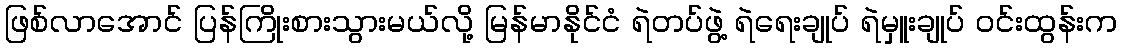
ဖြစ်လာအောင် ပြန်ကြိုးစားသွားမယ်လို့ မြန်မာနိုင်ငံ ရဲတပ်ဖွဲ့ ရဲရေးချုပ် ရဲမှူးချုပ် ဝင်းထွန်းက